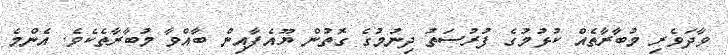
ވާދަވެރި މުބާރާތެއް ކުޅުމުގެ ފުރުސަތު ދިނުމުގެ ގޮތުން ޔޫއެފާއިން ބާއްވާ މުބާރާތެކެވެ. އެންމެ